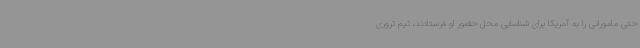
حتی مامورانی را به آمریکا برای شناسایی محل حضور او فرستادند، تیم تروری